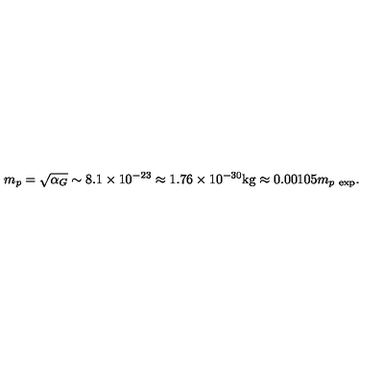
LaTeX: m _ { p } = \sqrt { \alpha _ { G } } \sim 8 . 1 \times 1 0 ^ { - 2 3 } \approx 1 . 7 6 \times 1 0 ^ { - 3 0 } \mathrm { k g } \approx 0 . 0 0 1 0 5 m _ { p \ \mathrm { e x p } } .